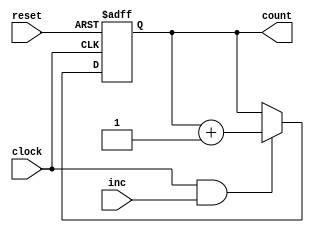
`timescale 1ns / 1ps
//////////////////////////////////////////////////////////////////////////////////
// Company: 
// Engineer: 
// 
// Design Name: 
// Module Name: counter16
// Project Name: 
// Target Devices: 
// Tool Versions: 
// Description: 
// 
// Dependencies: 
// 
// Revision:
// Revision 0.01 - File Created
// Additional Comments:
// 
//////////////////////////////////////////////////////////////////////////////////

module counter32(reset, clock, inc, count);
input            clock, inc, reset;
output reg [31:0] count = 32'h00000000;

always @(posedge clock, posedge reset) begin
    if (reset) 
        begin
            count <= 32'h00000000;
        end else begin
            if (clock & inc) begin
                count <= count + 32'h00000001;
            end
        end
end
   
endmodule